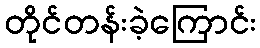
တိုင်တန်းခဲ့ကြောင်း